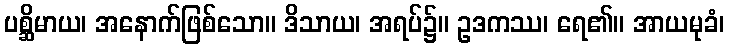
ပစ္ဆိမာယ၊ အနောက်ဖြစ်သော။ ဒိသာယ၊ အရပ်၌။ ဥဒကဿ၊ ရေ၏။ အာယမုခံ၊